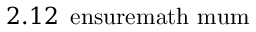
2 . 1 2 { \mathrm { \, \ e n s u r e m a t h { \ m u } m } }